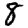
Digit: 8